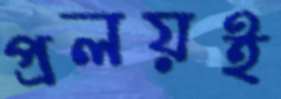
প্রলয়ই